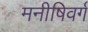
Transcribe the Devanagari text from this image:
मनीषिवर्ग